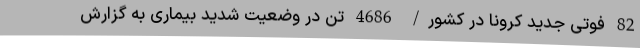
82 فوتی جدید کرونا در کشور/ 4686 تن در وضعیت شدید بیماری به گزارش